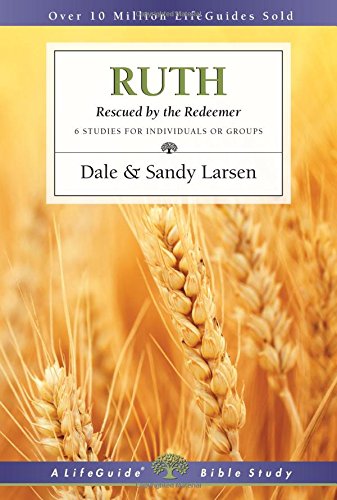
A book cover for Ruth: Rescued by the Redeemer (Lifeguide Bible Studies); Dale Larsen; Christian Books & Bibles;